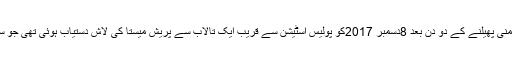
ہوناور میں فرقہ وارانہ فساد اور بدامنی پھیلنے کے دو دن بعد 8دسمبر 2017کو پولیس اسٹیشن سے قریب ایک تالاب سے پریش میستا کی لاش دستیاب ہوئی تھی جو سڑنے اور گلنے کی حالت میں تھی۔